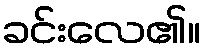
ခင်းလေ၏။